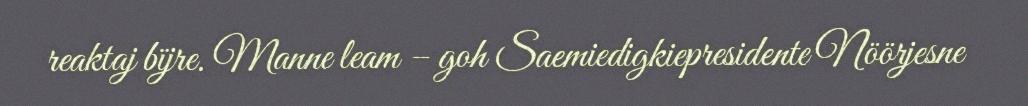
reaktaj bïjre. Manne leam – goh Saemiedigkiepresidente Nöörjesne